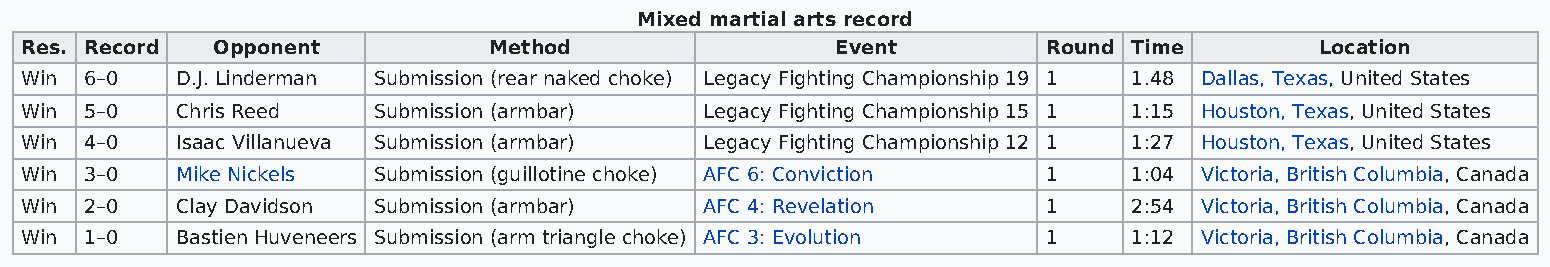
Mixed martial arts record
 Res. Record  Opponent          Method                 Event         Round Time        Location
 Win  6–0   D.J. Linderman Submission (rear naked choke) Legacy Fighting Championship 19 1 1.48 Dallas, Texas, United States
 Win  5–0   Chris Reed   Submission (armbar)   Legacy Fighting Championship 15 1 1:15 Houston, Texas, United States
 Win  4–0   Isaac Villanueva Submission (armbar) Legacy Fighting Championship 12 1 1:27 Houston, Texas, United States
 Win  3–0   Mike Nickels Submission (guillotine choke) AFC 6: Conviction 1 1:04 Victoria, British Columbia, Canada
 Win  2–0   Clay Davidson Submission (armbar)  AFC 4: Revelation     1     2:54 Victoria, British Columbia, Canada
 Win  1–0   Bastien Huveneers Submission (arm triangle choke) AFC 3: Evolution 1 1:12 Victoria, British Columbia, Canada